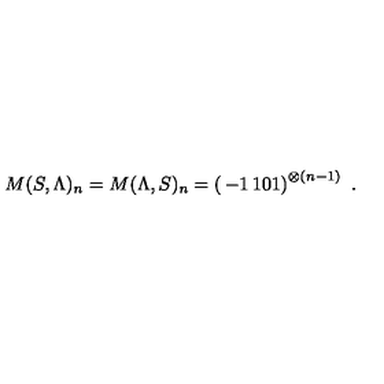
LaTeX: M ( S , \Lambda ) _ { n } = M ( \Lambda , S ) _ { n } = \left( \begin{matrix} { - 1 } & { 1 } \\ { 0 } & { 1 } \\ \end{matrix} \right) ^ { \otimes ( n - 1 ) } \ .